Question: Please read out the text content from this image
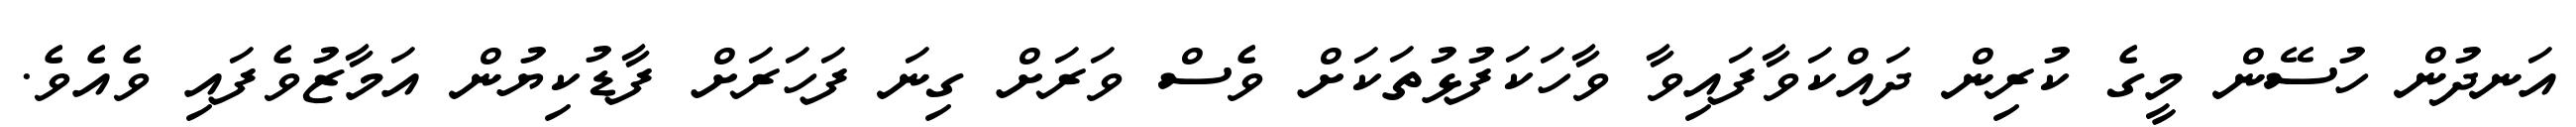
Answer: އަނދުން ހުސޭން މީގެ ކުރިން ދައްކަވާފައިވާ ވާހަކަފުޅުތަކަށް ވެސް ވަރަށް ގިނަ ފަހަރަށް ފާޑުކިޔުން އަމާޒުވެފައި ވެއެވެ.